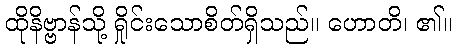
ထိုနိဗ္ဗာန်သို့ ရှိုင်းသောစိတ်ရှိသည်။ ဟောတိ၊ ၏။